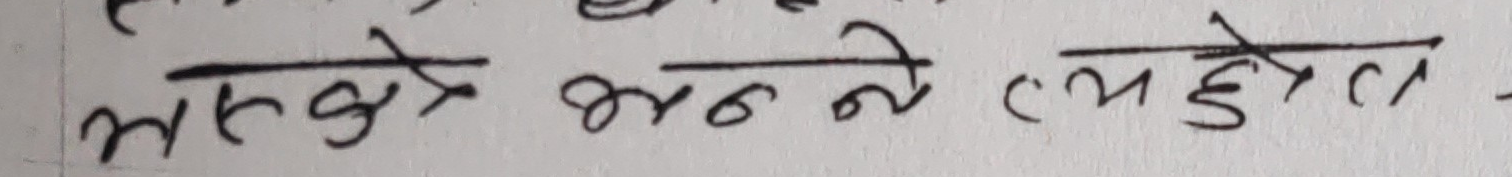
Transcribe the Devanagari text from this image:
अस्तित्व बनाउने ल्यहोत्